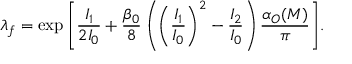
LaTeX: \lambda _ { f } = \exp { \left[ \frac { I _ { 1 } } { 2 I _ { 0 } } + \frac { \beta _ { 0 } } { 8 } \left( \left( \frac { I _ { 1 } } { I _ { 0 } } \right) ^ { 2 } - \frac { I _ { 2 } } { I _ { 0 } } \right) \frac { \alpha _ { O } ( M ) } { \pi } \right] } .